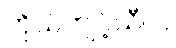
ကိုယ်ကျင့်သီလ